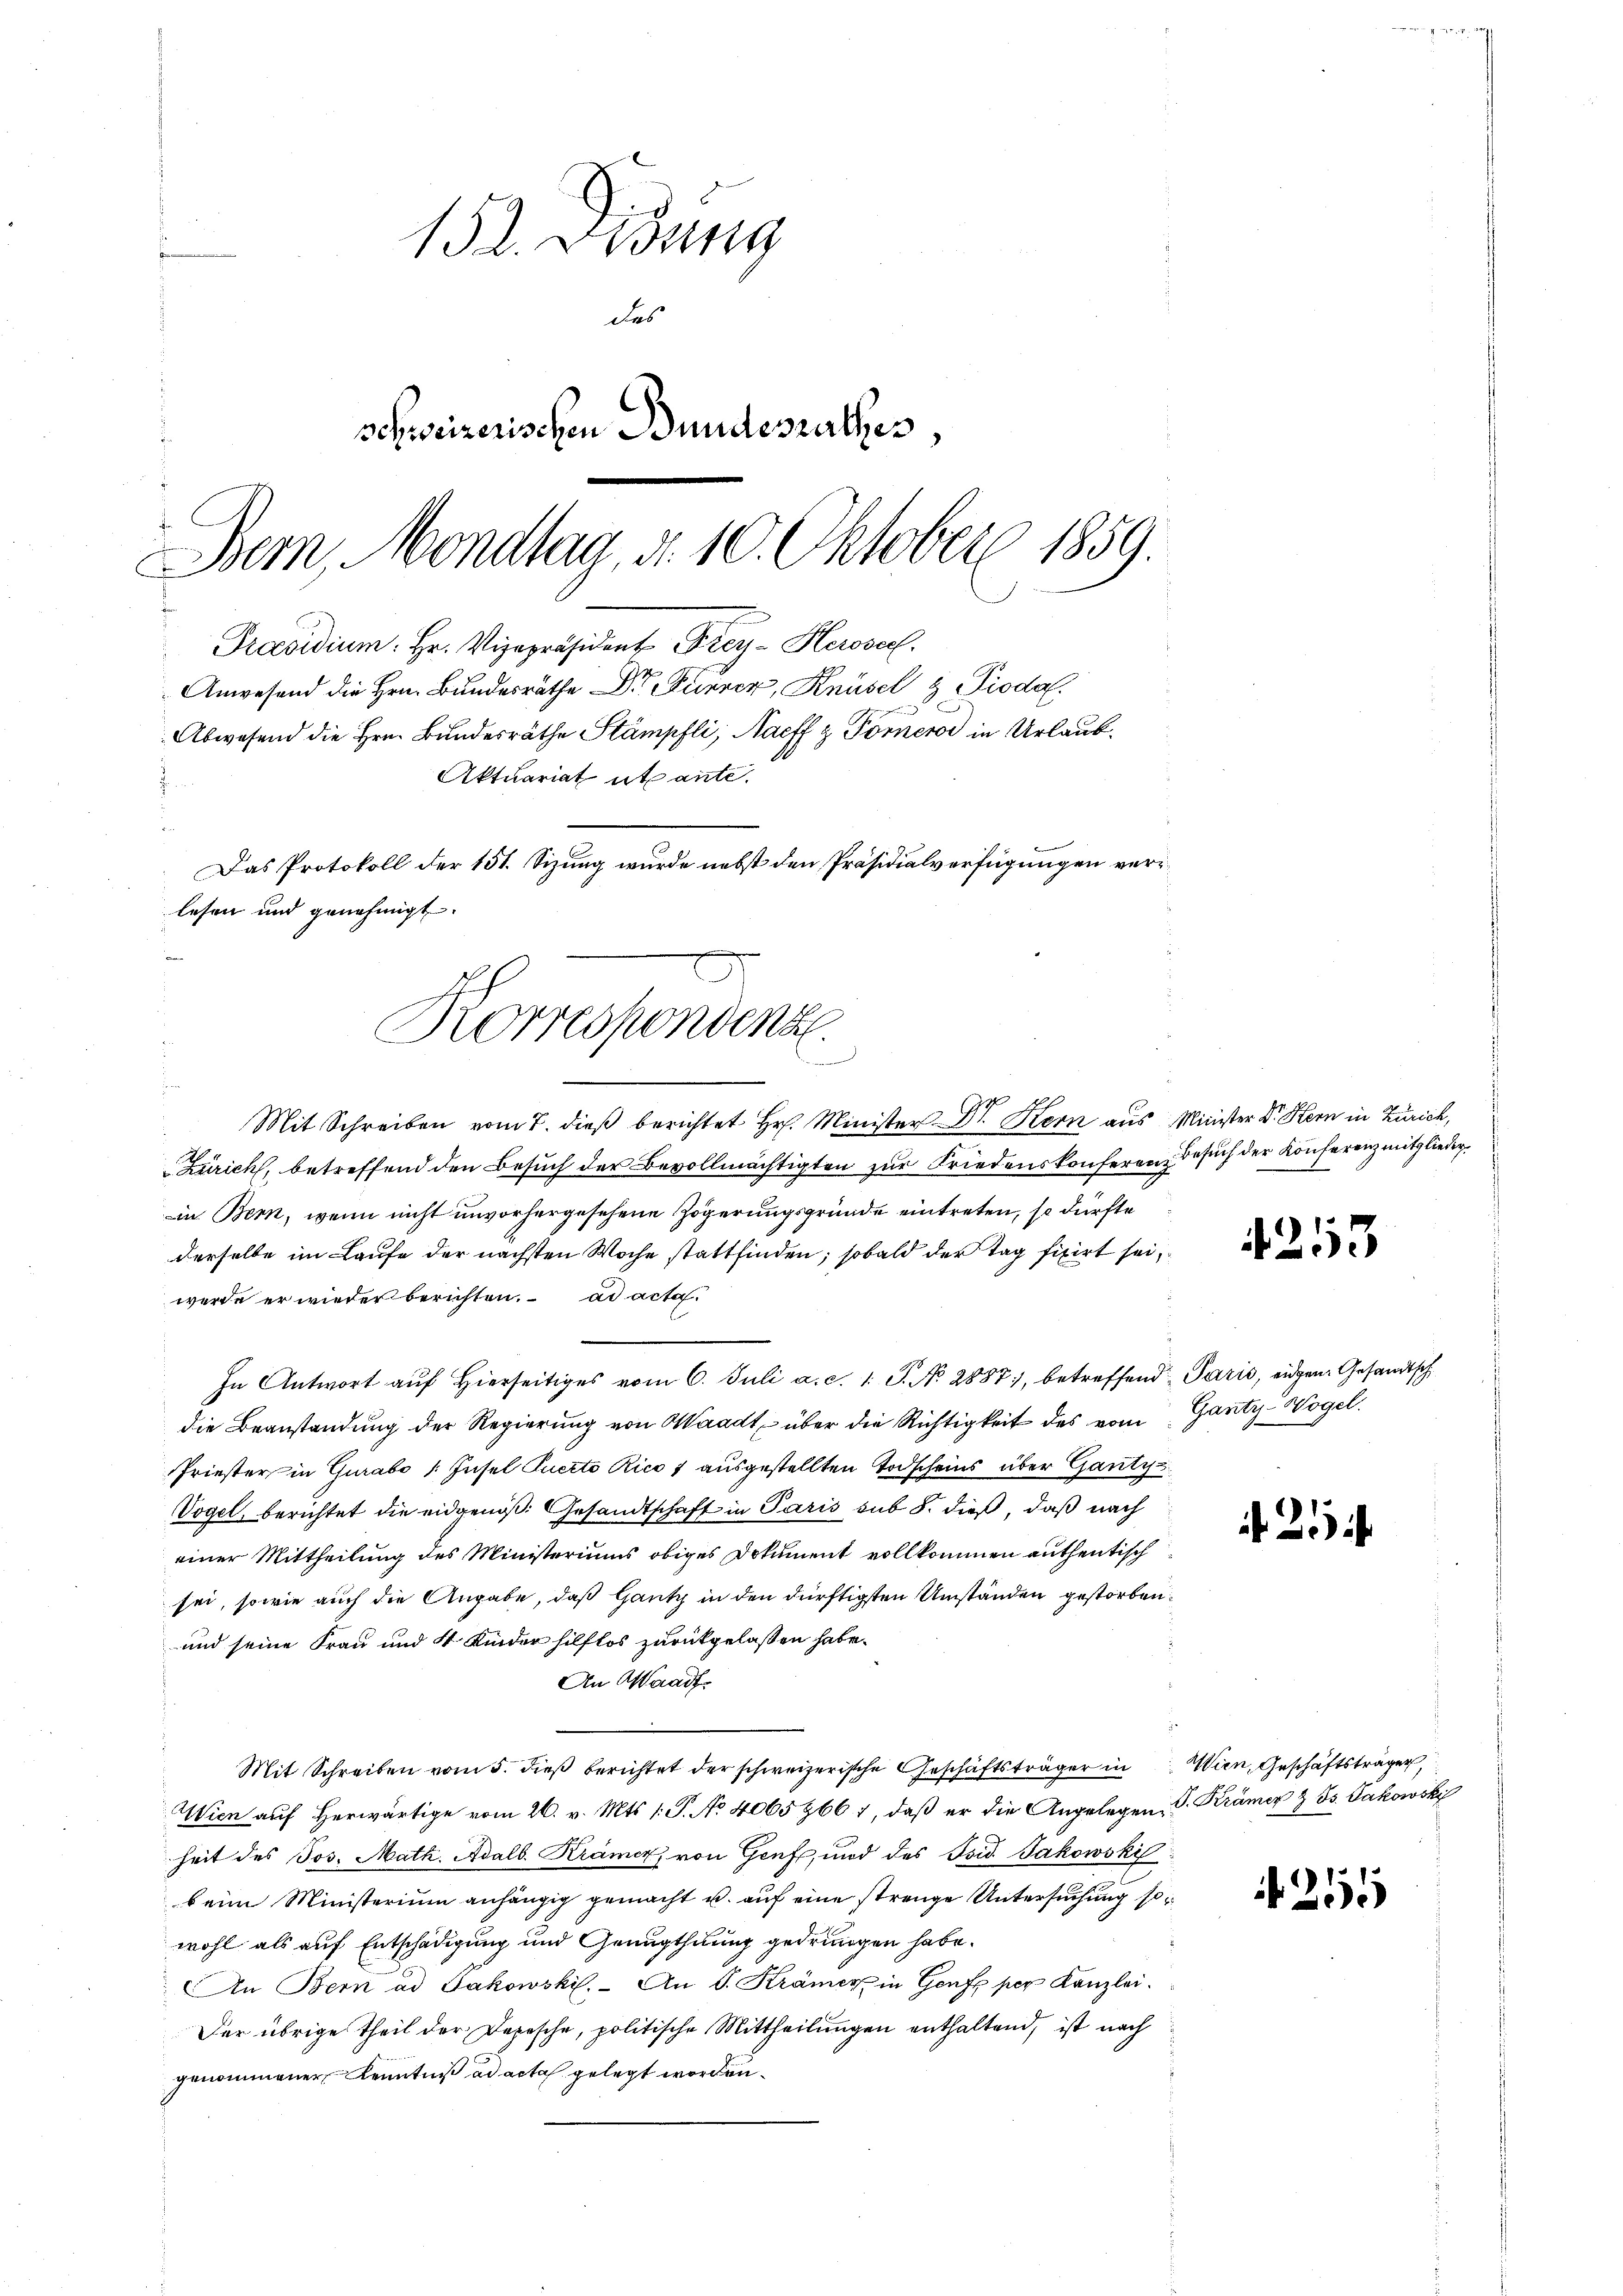
152. Didung
d
des
schweizerischen Bundesrathes,
Bem, Mondlag, d. 10. Oktober 1859.

lesen und genehmigt.
e
Korrespondenz
in einer geisten

Præsidium. Hr. Vizepräsident Frey-Herose.
Anwesend die Hrn. Bundesräthe Dr. Furrer, Knüsel & Piodal
Abwesend die Hrn. Bundesräthe Stämpfli, Naeff z. Forner in Urlaub¬
Aktuariat utante.
Das Protokoll der 151. Sizung wurde nebst den Präsidialverfügungen ver¬

Mit Schreiben vom 7. dieß berichtet Hr. Minister Dr. Kern aus Minister Dr. Hern in Zürich,
Zürich, betreffend den Besuch der Bevollmächtigten zur Friedenskonferen, Besuch der Konferenz mitgliederin Bern, wenn nicht unvorhergesehene Zögerungsgründe eintreten, so dürfte
derselbe im Laufe der nächsten Woche stattfinden; sobald der Tag fixirt sei,
wurde er wieder berichten. ad acta.
In Antwort aŭf hierseitiges vom 6. Juli a. c. 1. J. No. 2887, betreffend Paris, eidgen. Gesandtsch
die Beanstandung der Regierung von Waadt über die Richtigkeit des vom Ganty-Wogel.
Priester in Gurabo (Insel Puerte Ricot ausgestellten Todscheins über Gauty
Vogel, berichtet die eidgenoß. Gesandtschaft in Paris sub 8. dieß, daß nach
einer Mittheilung des Ministeriums obiges Dokument vollkommen authentisch
sei, sowie auch die Angabe, daß Gantz in den dürftigsten Umständen gestorben.
und seine Frau und 4 Kinder hilflos zurückgelaßen habe.
An Waadt
Mit Schreiben vom 5. dieß berichtet der schweizerische Geschäftsträger in Wien, Geschäftsträger,
Wien auf herwärtige vom 26. v. Mts. 1. P. No. 4065 266 1, daß er die Angelegen S. Krämer & Bs. Jakowski
heit des Jos. Math. Adalb. Krämer, von Genf, und des Isid. Jakowski
beim Ministerium anhängig gemacht u. auf eine strenge Untersuchung so
wohl als auf Entschädigung und Genugthuung gedrungen habe.
An Bern ad Jakowski. An S. Krämer in Genf per Kanzlei.
Der übrige Theil der Depesche, politische Mittheilungen enthaltend, ist nach
genommener Kenntniß ad acta gelegt worden.

4253

21

215